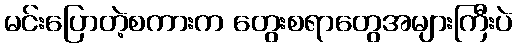
မင်းပြောတဲ့စကားက တွေးစရာတွေအများကြီးပဲ